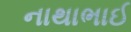
નાથાભાઈ